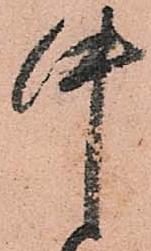
中